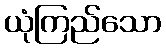
ယုံကြည်သော